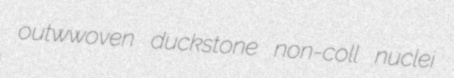
outwwoven duckstone non-coll nuclei